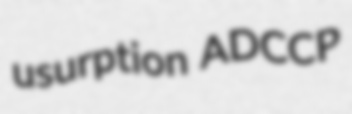
usurption ADCCP